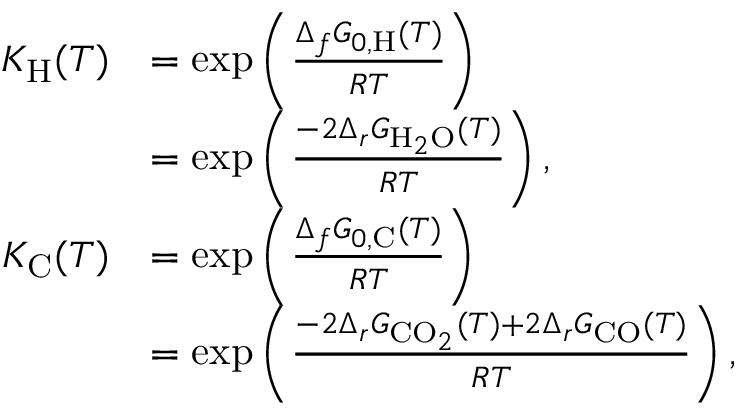
\begin{array} { r l } { K _ { \mathrm { H } } ( T ) } & { = \exp \left( \frac { \Delta _ { f } G _ { 0 , \mathrm { H } } ( T ) } { R T } \right) } \\ & { = \exp \left( \frac { - 2 \Delta _ { r } G _ { \mathrm { H } _ { 2 } \mathrm { O } } ( T ) } { R T } \right) , } \\ { K _ { \mathrm { C } } ( T ) } & { = \exp \left( \frac { \Delta _ { f } G _ { 0 , \mathrm { C } } ( T ) } { R T } \right) } \\ & { = \exp \left( \frac { - 2 \Delta _ { r } G _ { \mathrm { C O } _ { 2 } } ( T ) + 2 \Delta _ { r } G _ { \mathrm { C O } } ( T ) } { R T } \right) , } \end{array}